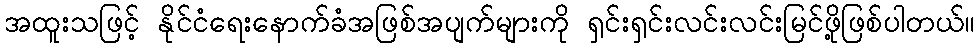
အထူးသဖြင့် နိုင်ငံရေးနောက်ခံအဖြစ်အပျက်များကို ရှင်းရှင်းလင်းလင်းမြင်ဖို့ဖြစ်ပါတယ်။